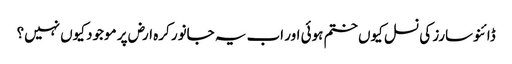
ڈائنوسارز کی نسل کیوں ختم ہوئی اور اب یہ جانور کرہ ارض پر موجود کیوں نہیں؟